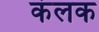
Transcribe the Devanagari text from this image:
कंलक